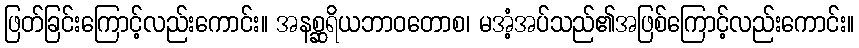
ဖြတ်ခြင်းကြောင့်လည်းကောင်း။ အနစ္ဆရိယဘာဝတောစ၊ မအံ့အပ်သည်၏အဖြစ်ကြောင့်လည်းကောင်း။